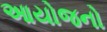
આયોજનો